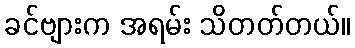
ခင်ဗျားက အရမ်း သိတတ်တယ်။